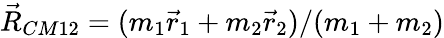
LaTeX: \vec{R}_{CM12}=(m_{1}\vec{r}_{1}+m_{2}\vec{r}_{2})/(m_{1}+m_{2})